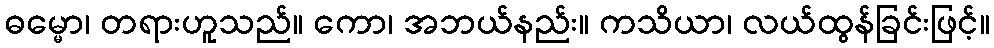
ဓမ္မော၊ တရားဟူသည်။ ကော၊ အဘယ်နည်း။ ကသိယာ၊ လယ်ထွန်ခြင်းဖြင့်။